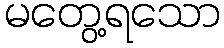
မတွေ့ရသော